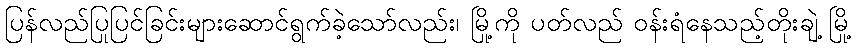
ပြန်လည်ပြုပြင်ခြင်းများဆောင်ရွက်ခဲ့သော်လည်း၊ မြို့ကို ပတ်လည် ဝန်းရံနေသည့်တိုးချဲ့ မြို့